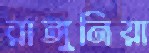
রাঙ্গুনিয়া